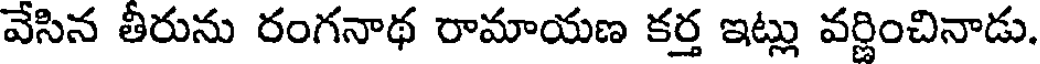
వేసిన తీరును రంగనాథ రామాయణ కర్త ఇట్లు వర్ణించినాడు.